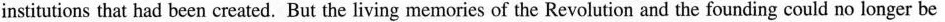
institutions that had been created. But the living memories of the Revolution and the founding could no longer be